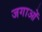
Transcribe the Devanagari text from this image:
जगाओं